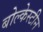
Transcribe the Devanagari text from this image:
बोल्केस्टीन